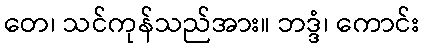
တေ၊ သင်ကုန်သည်အား။ ဘဒ္ဒံ၊ ကောင်း